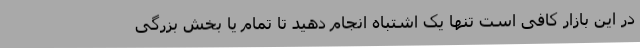
در این بازار کافی است تنها یک اشتباه انجام دهید تا تمام یا بخش بزرگی